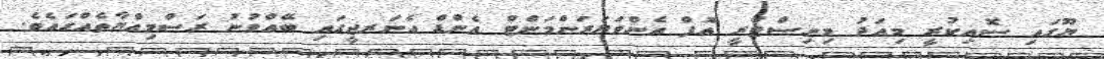
ޔޫގައި ސޮއިކުރީ މިއަދު މިނިސްޓްރީ އޮފް އެންވަޔަރަންމަންޓް އެންޑް އެނަރޖީގައި ބޭއްވުނު ރަސްމިއްޔާތެއްގައެވެ.